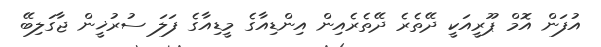
އުފަން އޮމް ޕޫރީއަކީ ދޭތެރެ ދޭތެރެއިން އިންޑިއާގެ މީޑިއާގެ ފަލަ ސުރުޚީން ޖާގަލިބޭ